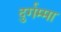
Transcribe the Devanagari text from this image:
दुर्गम्मा